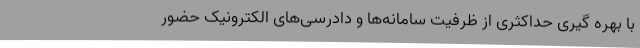
با بهره گیری حداکثری از ظرفیت سامانه‌ها و دادرسی‌های الکترونیک حضور